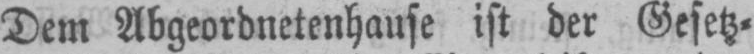
Dem Abgeordnetenhause ist der Gesetz⸗